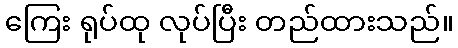
ကြေး ရုပ်ထု လုပ်ပြီး တည်ထားသည်။